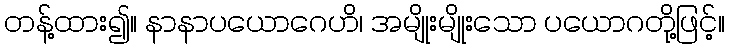
တန့်ထား၍။ နာနာပယောဂေဟိ၊ အမျိုးမျိုးသော ပယောဂတို့ဖြင့်။